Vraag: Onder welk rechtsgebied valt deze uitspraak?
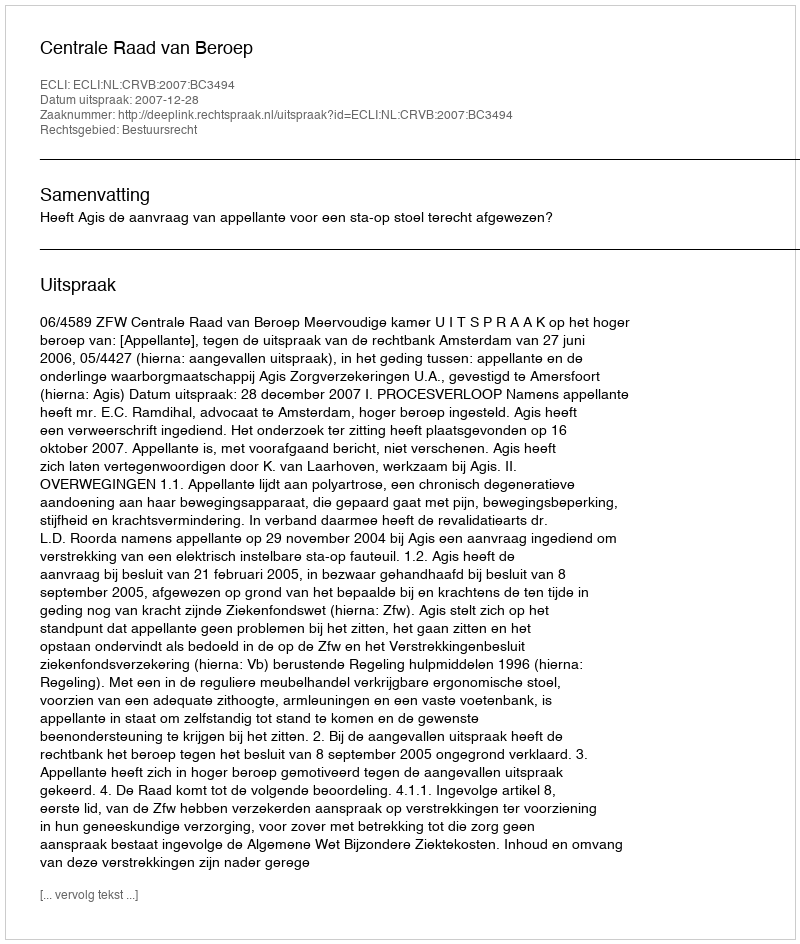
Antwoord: Bestuursrecht